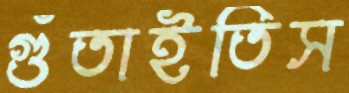
গুঁতাইতিস